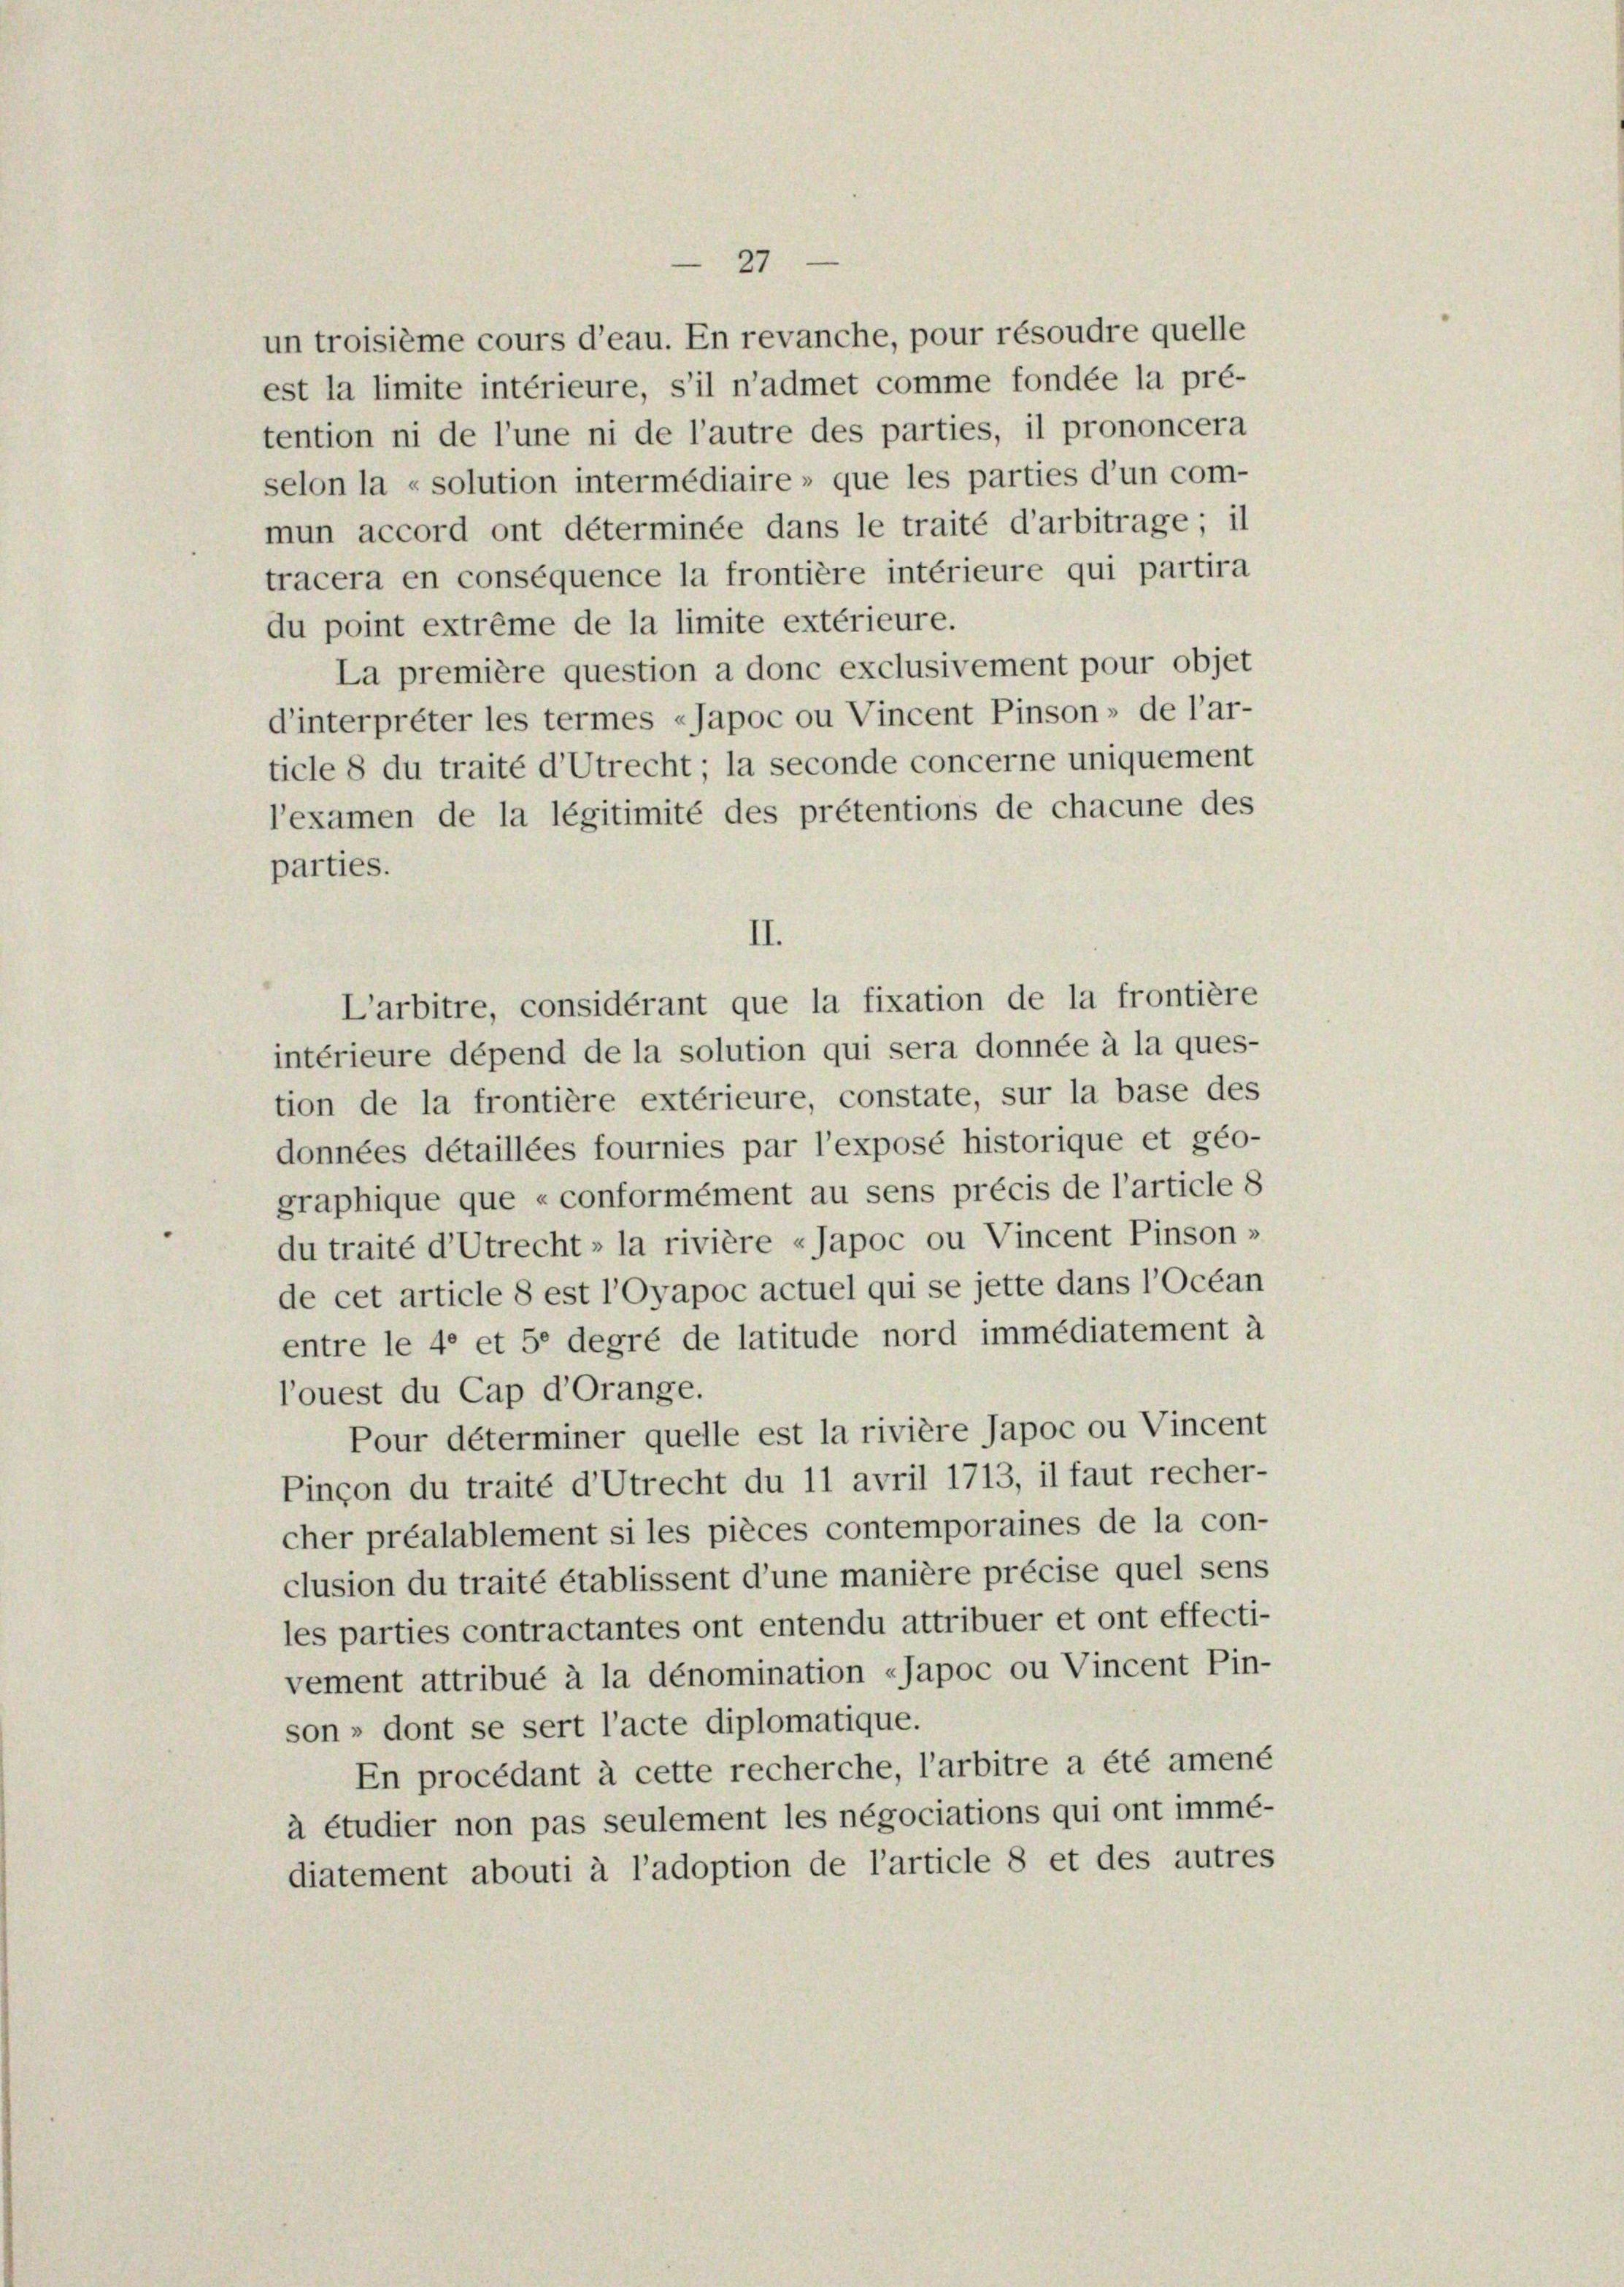
27

un troisième cours d’eau. En revanche, pour résoudre quelle
est la limite intérieure, s’il n’admet comme fondée la pré-
tention ni de l’une ni de l’autre des parties, il prononcera
selon la « solution intermédiaire » que les parties d’un com-
mun accord ont déterminée dans le traité d’arbitrage ; il
tracera en conséquence la frontière intérieure qui partira
du point extrême de la limite extérieure.
La première question a donc exclusivement pour objet
d’interprêter les termes »Japoc ou Vincent Pinson, de l’ar-
ticle 8 du traité d’Utrecht; la seconde concerne uniquement
l’examen de la légitimité des prétentions de chacune des
parties.
L’arbitre, considérant que la fixation de la frontière
intérieure dépend de la solution qui sera donnée à la ques-
tion de la frontière extérieure, constate, sur la base des
données détaillées fournies par l’exposé historique et géo-
graphique que «conformément au sens précis de l’article 8
du traité d’Utrecht» la rivière «Japoc ou Vincent Pinson »
de cet article 8 est l’oyapoc actuel qui se jette dans l’Océan
entre le 40 et 50 degré de latitude nord immédiatement à
louest du Cap d’Orange.
Pour déterminer quelle est la rivière Japoc ou Vincent
Pinçon du traité d’Utrecht du 11 avril 1713, il faut recher-
cher préalablement si les pièces contemporaines de la con-
clusion du traité établissent d’une manière précise quel sens
les parties contractantes ont entendu attribuer et ont effecti-
vement attribué à la dénomination »Japoc ou Vincent Pin-
son » dont se sert l’acte diplomatique.
En procédant à cette recherche, l’arbitre a été amené
à étudier non pas seulement les négociations qui ont immé-
diatement abouti à l’adoption de l’article 8 et des autres

II.